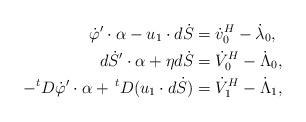
LaTeX: \begin{align*}\dot{\varphi}'\cdot\alpha - u_1\cdot d\dot{S} &= \dot v_0^{H} -\dot\lambda_0 ,\\d\dot S'\cdot \alpha +\eta d\dot S &= \dot{V}_0^{H} - \dot\Lambda_0,\\ - ^t D\dot\varphi' \cdot \alpha + \,^t D(u_1\cdot d\dot S) &= \dot{V}_1^{H} - \dot\Lambda_1,\end{align*}